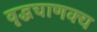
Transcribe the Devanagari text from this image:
वृद्धचाणक्य